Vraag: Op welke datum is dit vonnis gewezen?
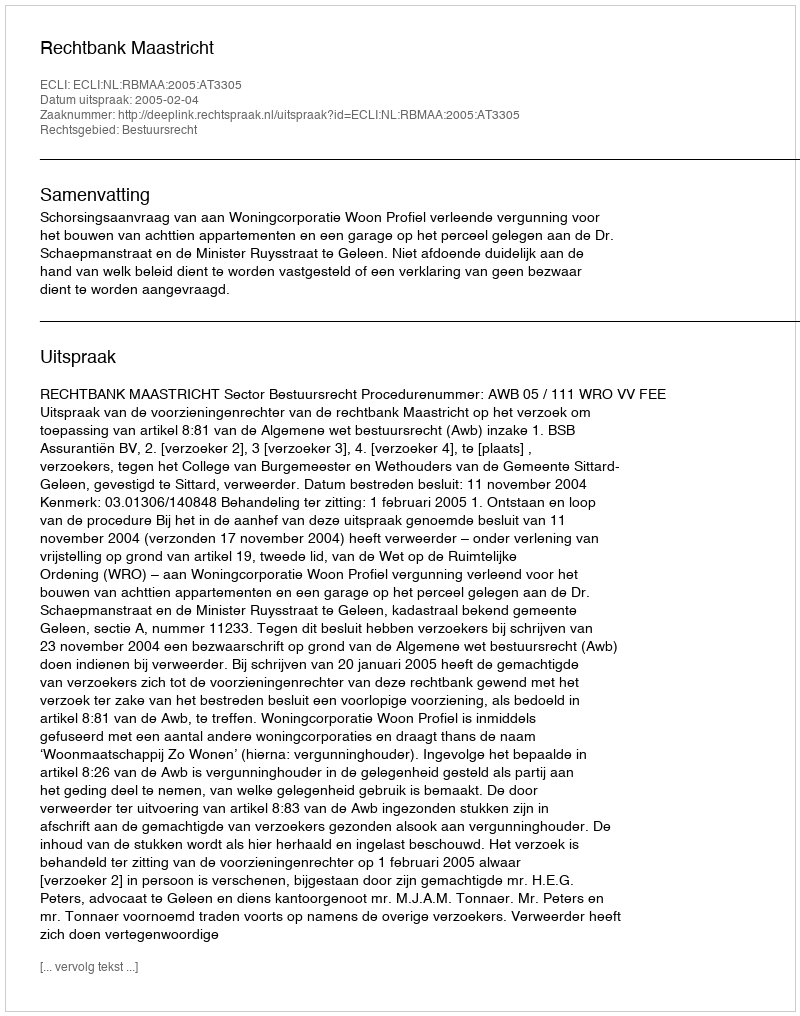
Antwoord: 2005-02-04